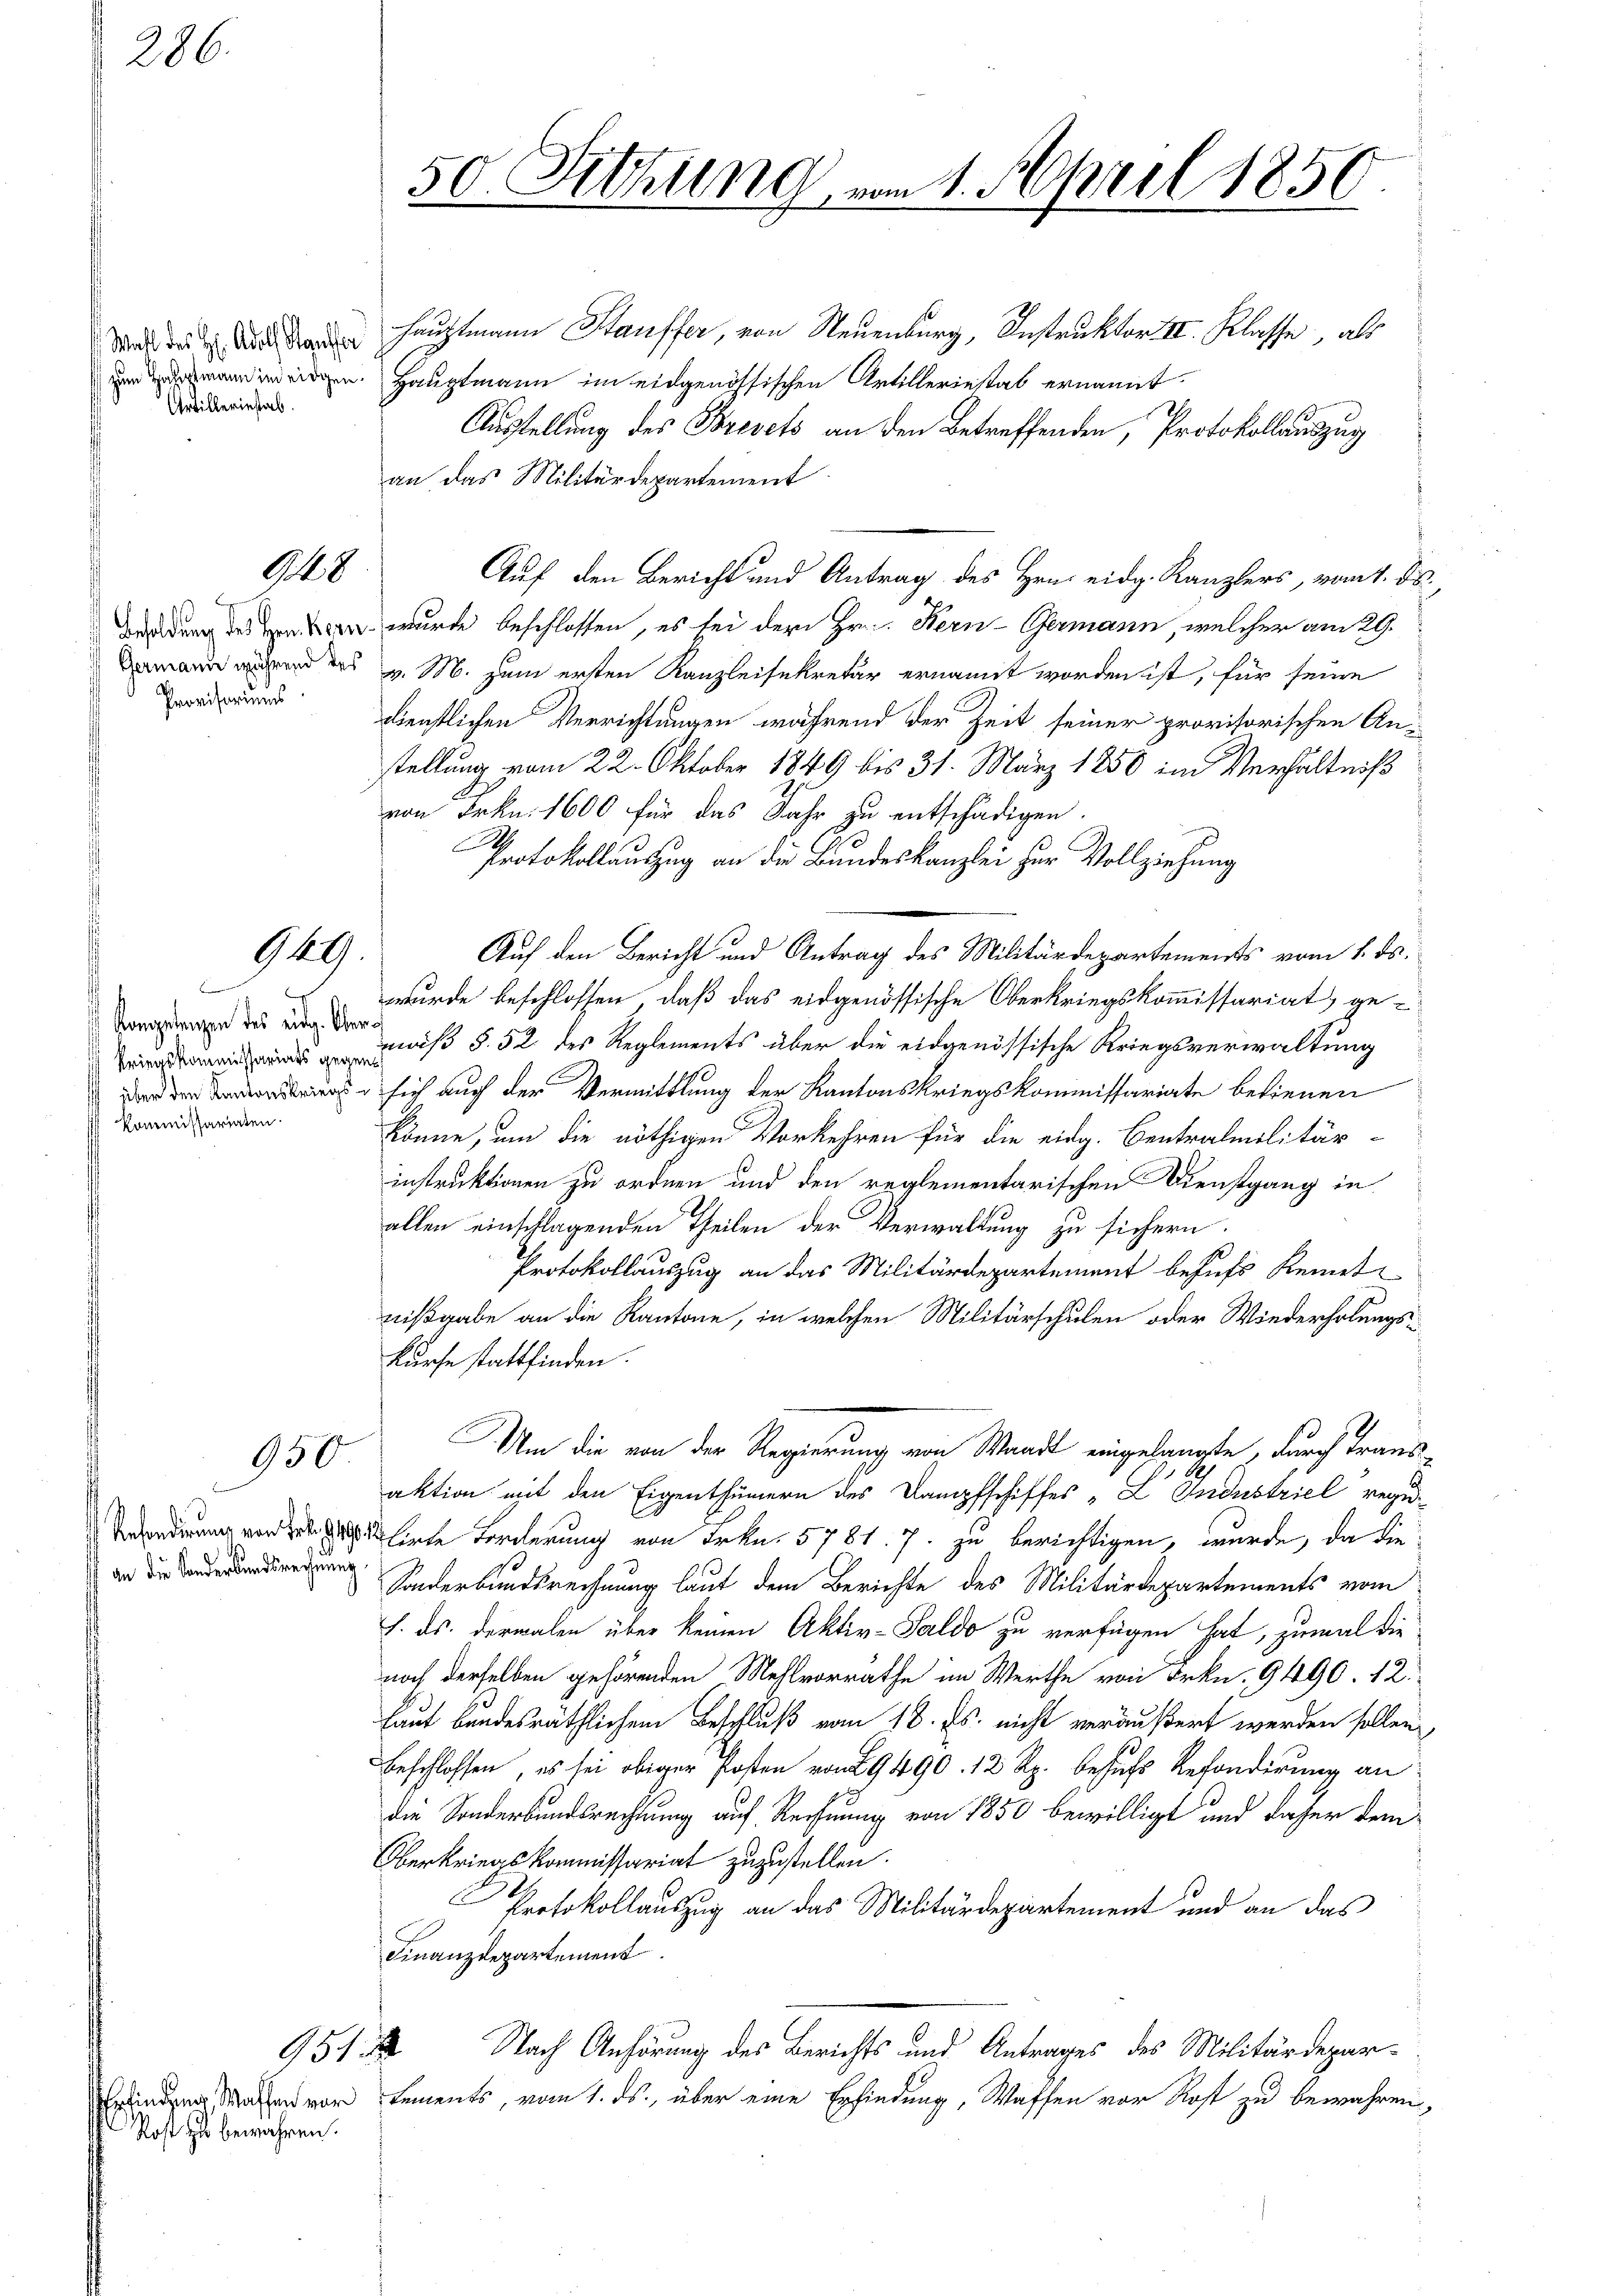
286.

Wahl des H. Adolf Stgester
Grtillerinstab.

Provisoriums

950

948

GG.

n
Kompetenzen des eidg. Ober
Kommissariaten.

Refondirung von Frk. 149
an die Sonderbandsrechnung
d

951
Rost zu bewahren.

50. Sitzung vom 1. April 1850.

Hauptmann Stauffer, von Neuenburg, Instruktor II. Klasse, als
n. Hauptmann im eidgenössischen Artilleriestab ernannt.
Ausstellung des Brevets an den Betreffenden, Protokollauszug
an das Militärdepartement
Auf den Bericht und Antrag des Hrn. eidg. Kanzlers, vom 1. ds.
Bedung des den wurde beschlossen, es bei der Hr. Kern-Germann, welcher am 29.
 des v. M. zum ersten Kanzleisekretär ernannt worden ist, für seine
dienstlichen Verrichtungen während der Zeit seiner provisorischen Anstellung vom 22. Oktober 1849 bis 31. März 1850 im Verhältniß
von Frkn. 1600 für das Jahr zu entschädigen.
Protokollauszug an die Bundeskanzlei zur Vollziehung
Auf den Bericht und Antrag des Militärdepartements vom 1. ds.
wurde beschlossen, daß das eidgenössische Oberkriegskommissariat, gemiß §. 52 des Reglements über die eidgenössische Kriegsverwaltung
 sich auch der Vermittlung der Kantonskriegskommissariate bedienen
könne, um die nöthigen Vorkehren für die eidg. Centralmilitär-
instruktionen zu ordnen und den reglementarischen Dienstgang in
allen einschlagenden Theilen der Verwaltung zu sichern.
Protokollauszug an das Militärdepartement behufs Kenntnißgabe an die Kantone, in welchen Militärschulen oder Wiederholungskurse stattfinden.
Um die von der Regierung von Waadt eingelangte, durch Trans¬
S
aktion mit den Eigenthümern des Kampfschiffes „L Industriel rege
ditirte Forderung von Frkn. 5781. 7. zu berichtigen, wurde, da die
Sonderbundsrechnung laut dem Berichte des Militärdepartements vom
J. ds. dermalen über keinen Aktiv-Saldo zu verfügen hat, zumal die
noch derselben gehörenden Mehlvorrathe im Werthe von Frkn. 9490. 12.
laut bundesräthlichem Beschluß vom 18. ds. nicht veräußert werden sollen,
beschlossen, es sei obiger Posten von 29490. 12 Rp. behufs Refonderung an
die Sonderbundsrechtung auf Rechnung von 1850 bewilligt und daher dem
Oberkriegskommissariat zuzustellen.
Protokollauszug an das Militärdepartement und an das
Finanzdepartement
Nach Anhörung des Berichts und Antrages des Militärdepar¬
Erlingen Malen vortements, vom 1. ds., über eine Erfindung, Waffen vor Rost zu bewahren